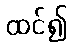
ထင်၍